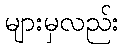
များမှလည်း